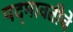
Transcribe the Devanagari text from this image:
पद्‍मावतीचे